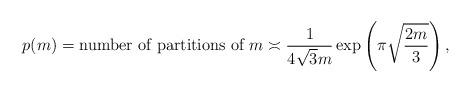
LaTeX: \begin{align*}p(m) = \textrm{number of partitions of } m \asymp \frac{1}{4\sqrt{3}m}\exp\left(\pi \sqrt{\frac{2m}{3}}\right),\end{align*}